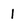
Character: 1